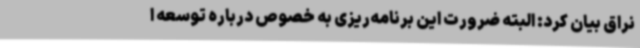
نراق بیان کرد: البته ضرورت این برنامه‌ریزی به خصوص درباره توسعه ا